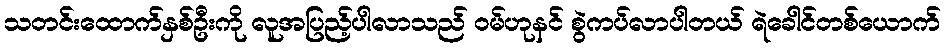
သတင်းထောက်နှစ်ဦးကို လူအပြည့်ပါလာသည် ဝမ်ဟုနင် စွဲကပ်လာပါတယ် ရဲခေါင်တစ်ယောက်